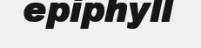
epiphyll